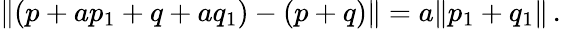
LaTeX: \lVert(p+ap_{1}+q+aq_{1})-(p+q)\rVert=a\lVert p_{1}+q_{1}\rVert\, .